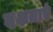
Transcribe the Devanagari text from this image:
दक्षताएं